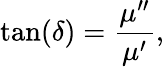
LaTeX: \tan(\delta)={\frac{\mu^{\prime\prime}}{\mu^{\prime}}},